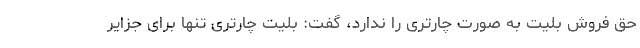
حق فروش بلیت به صورت چارتری را ندارد، گفت: بلیت چارتری تنها برای جزایر